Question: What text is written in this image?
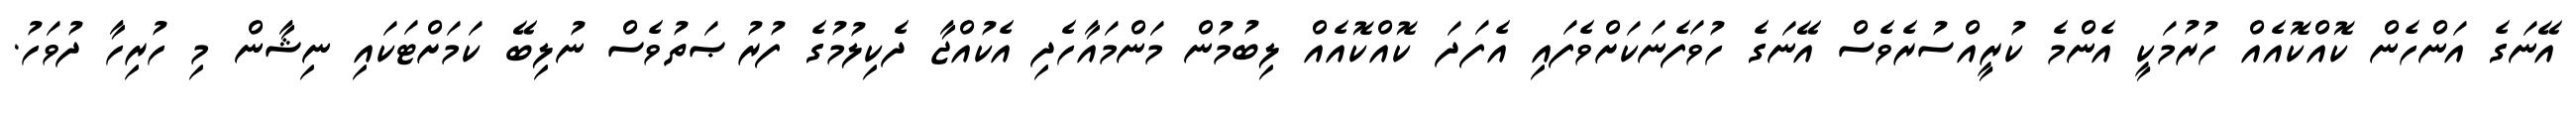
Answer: އޭނަގެ އަންހެން ކޮއްކޮއެއް ހުރުމަކީ އެންމެ ކުރީއްސުރެވެސް އޭނަގެ ހުވަފެނަކަށްވެފައި އެފަދަ ކޮއްކޮއެއް ލިބުމުން މަންމައާހެދި އެކުއްޖާ ދެކިލުމުގެ ފުރުޞަތުވެސް ނުލިބޭ ކަމަށްޓަކައި ނިޝާން މި ހުރިހާ ދުވަހު.